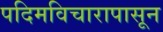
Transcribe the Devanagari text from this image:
पदिमविचारापासून